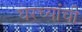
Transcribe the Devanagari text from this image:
घरच्‍यांची